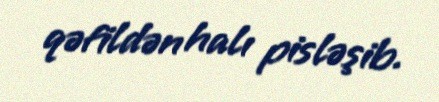
qəfildən halı pisləşib.